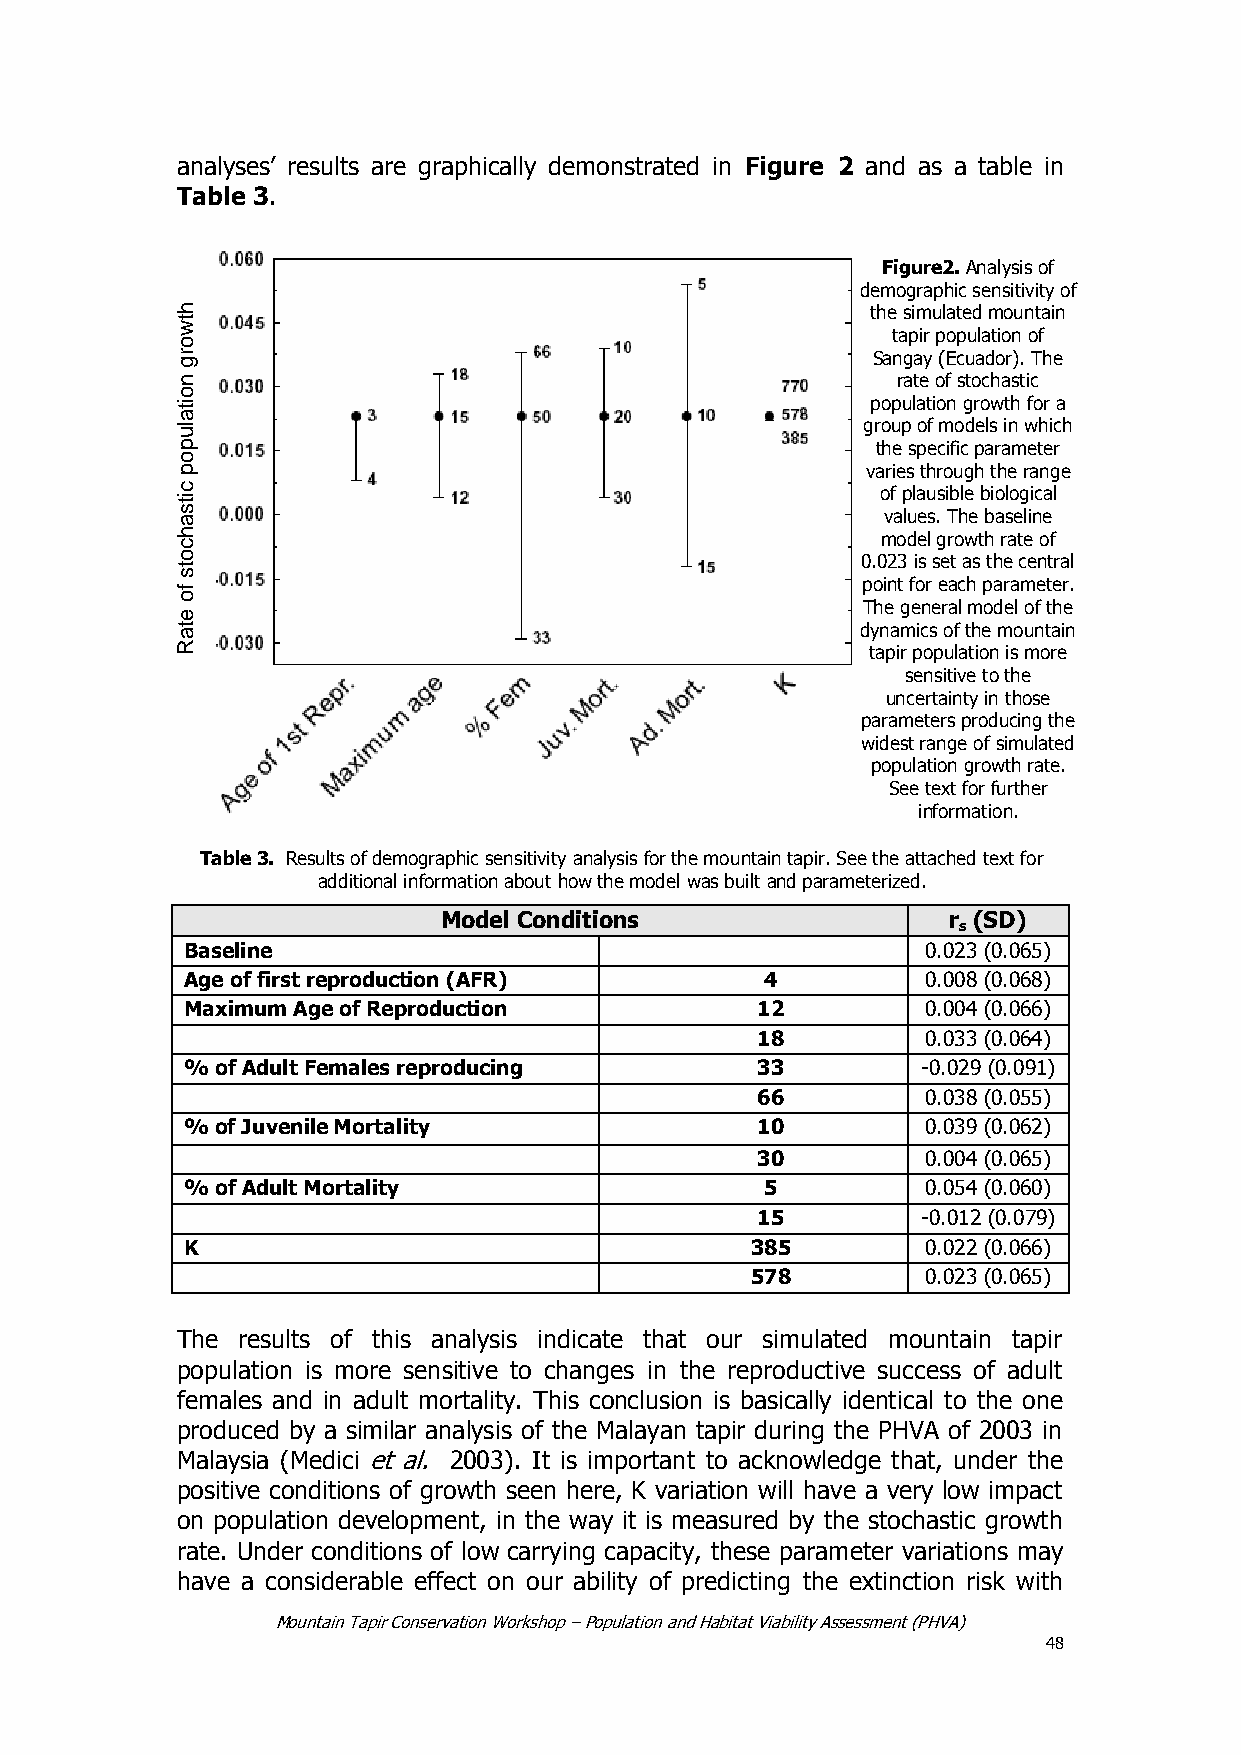
analyses’ results are graphically demonstrated in Figure 2 and as a table in
 Table 3.
 Figure2. Analysis of
 demographic sensitivity of
 h                                             the simulated mountain
 tw
 tapir population of
 o
 r g                                           Sangay (Ecuador). The
 n                                              rate of stochastic
 o
 it                                            population growth for a
 a
 lu                                           group of models in which
 p                                             the specific parameter
 o
 p                                            varies through the range
 c its
 a
 o vf
 a
 p lula eu s.s i Tb hle
 e
 b bio al so eg lii nc ea l
 h                                             model growth rate of
 c
 o                                            0.023 is set as the central
 ts
 f
 point for each parameter.
 o
 The general model of the
 e
 t a                                          dynamics of the mountain
 R                                             tapir population is more
 sensitive to the
 uncertainty in those
 parameters producing the
 widest range of simulated
 population growth rate.
 See text for further
 information.
 Table 3. Results of demographic sensitivity analysis for the mountain tapir. See the attached text for
 additional information about how the model was built and parameterized.
 Model Conditions                  r (SD)
 s
 Baseline                                         0.023 (0.065)
 Age of first reproduction (AFR)        4         0.008 (0.068)
 Maximum Age of Reproduction           12         0.004 (0.066)
 18         0.033 (0.064)
 % of Adult Females reproducing        33         -0.029 (0.091)
 66         0.038 (0.055)
 % of Juvenile Mortality               10         0.039 (0.062)
 30         0.004 (0.065)
 % of Adult Mortality                   5         0.054 (0.060)
 15         -0.012 (0.079)
 K                                     385        0.022 (0.066)
 578        0.023 (0.065)
 The results of this analysis indicate that our simulated mountain tapir
 population is more sensitive to changes in the reproductive success of adult
 females and in adult mortality. This conclusion is basically identical to the one
 produced by a similar analysis of the Malayan tapir during the PHVA of 2003 in
 Malaysia (Medici et al. 2003). It is important to acknowledge that, under the
 positive conditions of growth seen here, K variation will have a very low impact
 on population development, in the way it is measured by the stochastic growth
 rate. Under conditions of low carrying capacity, these parameter variations may
 have a considerable effect on our ability of predicting the extinction risk with
 Mountain Tapir Conservation Workshop – Population and Habitat Viability Assessment (PHVA)
 48